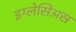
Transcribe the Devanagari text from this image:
इग्लेसिअस